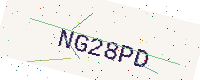
Text: NG28PD